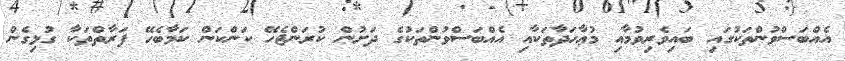
އެއްބަސްވުންތަކުގައި ބައިވެރިވުމާއި މުޢާހަދާތަކާއި އެއްބަސްވުންތަކުގެ ދަށުން ކުރަންޖެހޭ ކަންކަން ކަމާބެހޭ ފަރާތްތަކާ ގުޅިގެން